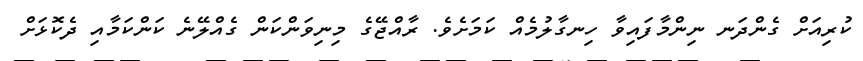
ކުރިއަށް ގެންދަނ ނިންމާފައިވާ ހިނގާލުމެއް ކަމަށެވެ. ރާއްޖޭގެ މިނިވަންކަން ގެއްލޭނެ ކަންކަމާއި ދެކޮޅަށް